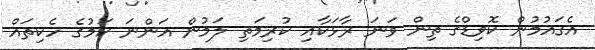
އެގައުމުން ކޮވިޑްގެ ތިން ވަނަ ރާޅަކާއި ކުރިމަތި ލަމުން އަންނަ ކަމުގެ ހެކިތައް